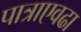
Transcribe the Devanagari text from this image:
पात्राएवढा